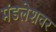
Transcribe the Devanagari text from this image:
मंडलेशवर